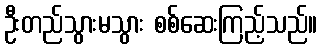
ဦးတည်သွားမသွား စစ်ဆေးကြည့်သည်။